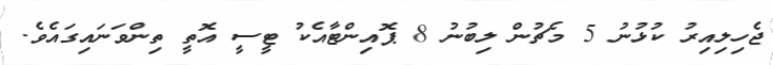
ޖެހިލިއިރު ކުޅުނު 5 މެޗުން ލިބުނު 8 ޕޮއިންޓާއެކު ޓީސީ އޮތީ ތިންވަނައިގައެވެ.